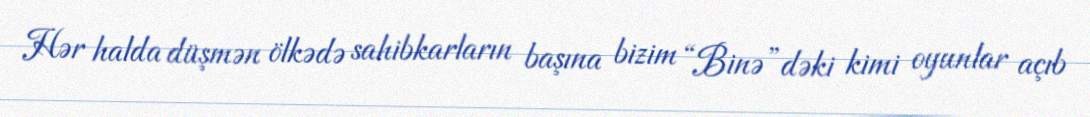
Hər halda düşmən ölkədə sahibkarların başına bizim “Binə”dəki kimi oyunlar açıb